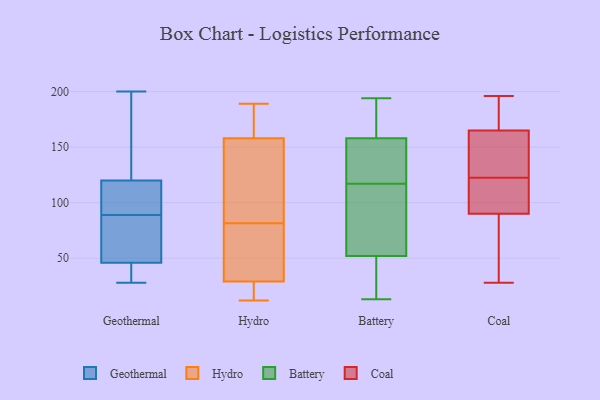
{"axis": {"x": "Production Output", "y": "Value"}, "legend": ["Battery", "Coal", "Geothermal", "Hydro"], "data": [{"x": "", "y": 100, "type": "Geothermal"}, {"x": "", "y": 39, "type": "Geothermal"}, {"x": "", "y": 200, "type": "Geothermal"}, {"x": "", "y": 78, "type": "Geothermal"}, {"x": "", "y": 115, "type": "Geothermal"}, {"x": "", "y": 108, "type": "Geothermal"}, {"x": "", "y": 63, "type": "Geothermal"}, {"x": "", "y": 187, "type": "Geothermal"}, {"x": "", "y": 77, "type": "Geothermal"}, {"x": "", "y": 120, "type": "Geothermal"}, {"x": "", "y": 46, "type": "Geothermal"}, {"x": "", "y": 46, "type": "Geothermal"}, {"x": "", "y": 129, "type": "Geothermal"}, {"x": "", "y": 28, "type": "Geothermal"}, {"x": "", "y": 158, "type": "Hydro"}, {"x": "", "y": 29, "type": "Hydro"}, {"x": "", "y": 117, "type": "Hydro"}, {"x": "", "y": 136, "type": "Hydro"}, {"x": "", "y": 46, "type": "Hydro"}, {"x": "", "y": 38, "type": "Hydro"}, {"x": "", "y": 162, "type": "Hydro"}, {"x": "", "y": 189, "type": "Hydro"}, {"x": "", "y": 27, "type": "Hydro"}, {"x": "", "y": 12, "type": "Hydro"}, {"x": "", "y": 194, "type": "Battery"}, {"x": "", "y": 52, "type": "Battery"}, {"x": "", "y": 95, "type": "Battery"}, {"x": "", "y": 148, "type": "Battery"}, {"x": "", "y": 171, "type": "Battery"}, {"x": "", "y": 13, "type": "Battery"}, {"x": "", "y": 155, "type": "Battery"}, {"x": "", "y": 72, "type": "Battery"}, {"x": "", "y": 37, "type": "Battery"}, {"x": "", "y": 44, "type": "Battery"}, {"x": "", "y": 158, "type": "Battery"}, {"x": "", "y": 115, "type": "Battery"}, {"x": "", "y": 119, "type": "Battery"}, {"x": "", "y": 192, "type": "Battery"}, {"x": "", "y": 82, "type": "Coal"}, {"x": "", "y": 28, "type": "Coal"}, {"x": "", "y": 124, "type": "Coal"}, {"x": "", "y": 118, "type": "Coal"}, {"x": "", "y": 119, "type": "Coal"}, {"x": "", "y": 161, "type": "Coal"}, {"x": "", "y": 62, "type": "Coal"}, {"x": "", "y": 169, "type": "Coal"}, {"x": "", "y": 98, "type": "Coal"}, {"x": "", "y": 122, "type": "Coal"}, {"x": "", "y": 123, "type": "Coal"}, {"x": "", "y": 179, "type": "Coal"}, {"x": "", "y": 152, "type": "Coal"}, {"x": "", "y": 170, "type": "Coal"}, {"x": "", "y": 196, "type": "Coal"}, {"x": "", "y": 41, "type": "Coal"}]}